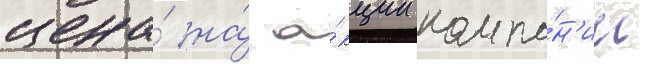
цена́ на́ а́кции компа́н'ии